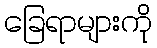
ခြေရာများကို